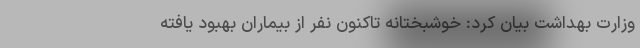
وزارت بهداشت بیان کرد: خوشبختانه تاکنون نفر از بیماران بهبود یافته